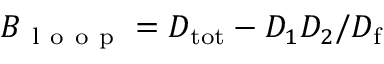
B _ { \mathrm { ~ l ~ o ~ o ~ p ~ } } = D _ { \mathrm { t o t } } - D _ { 1 } D _ { 2 } / D _ { \mathrm { f } }